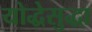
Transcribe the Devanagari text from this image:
योद्धेसुद्धा